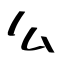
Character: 么